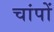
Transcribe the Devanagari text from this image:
चांपों